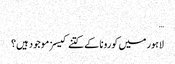
…
لاہور میں کورونا کے کتنے کیسز موجود ہیں؟